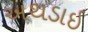
અથડાઇ